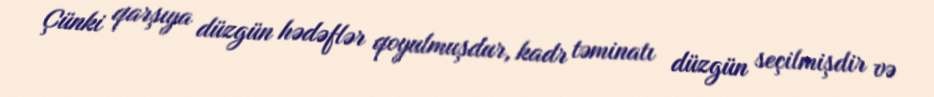
Çünki qarşıya düzgün hədəflər qoyulmuşdur, kadr təminatı düzgün seçilmişdir və